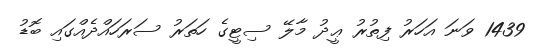
1439 ވަނަ އަހަރު ފިތުރު ޢީދު މާލޭ ސިޓީގެ ހަތަރު ސަރަހައްދެއްގައި ބޮޑު